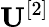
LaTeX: \mathbf{U}^{[2]}